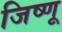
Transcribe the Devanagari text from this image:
जिष्णू